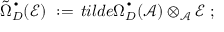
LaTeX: \tilde { \Omega } _ { D } ^ { \, ^ { \bullet } } ( { \mathcal E } ) \ : = \, t i l d e { \Omega } _ { D } ^ { \, ^ { \bullet } } ( { \mathcal A } ) \otimes _ { { \mathcal A } } { \mathcal E } \ ;